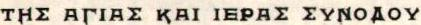
THE AΓIAΣ KAI IEPAΣ ΣYNOΔOY